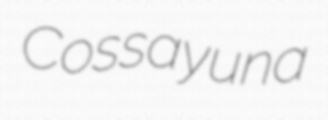
Cossayuna